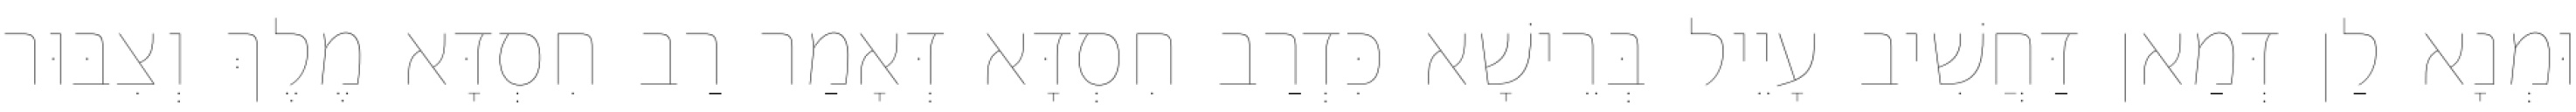
וּמְנָא לַן דְּמַאן דַּחֲשִׁיב עָיֵיל בְּרֵישָׁא כִּדְרַב חִסְדָּא דְּאָמַר רַב חִסְדָּא מֶלֶךְ וְצִבּוּר